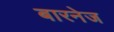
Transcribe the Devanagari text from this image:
बारनेज